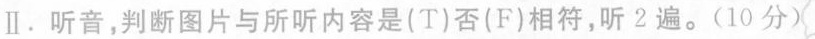
Ⅱ。听音，判断图片与所听内容是(T)否(F)相符，听2遍。(10分)